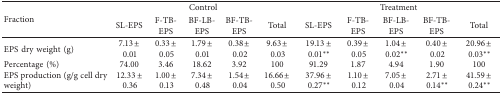
| <ROWSPAN=2> Fraction | <COLSPAN=5> Control | <COLSPAN=5> Treatment |
 | SL-EPS | F-TB-EPS | BF-LB-EPS | BF-TB-EPS | Total | SL-EPS | F-TB-EPS | BF-LB-EPS | BF-TB-EPS | Total |
 | --- | --- | --- | --- | --- | --- | --- | --- | --- | --- | --- |
 | EPS dry weight (g) | 7.13 ± 0.01 | 0.33 ± 0.05 | 1.79 ± 0.01 | 0.38 ± 0.02 | 9.63 ± 0.03 | 19.13 ± 0.01∗∗ | 0.39 ± 0.05 | 1.04 ± 0.02∗∗ | 0.40 ± 0.02 | 20.96 ± 0.03∗∗ |
 | Percentage (%) | 74.00 | 3.46 | 18.62 | 3.92 | 100 | 91.29 | 1.87 | 4.94 | 1.90 | 100 |
 | EPS production (g/g cell dry weight) | 12.33 ± 0.36 | 1.00 ± 0.13 | 7.34 ± 0.48 | 1.54 ± 0.04 | 16.66 ± 0.50 | 37.96 ± 0.27∗∗ | 1.10 ± 0.12 | 7.05 ± 0.04 | 2.71 ± 0.14∗∗ | 41.59 ± 0.24∗∗ |